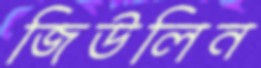
জিউলিন